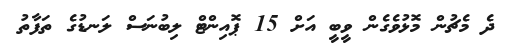
ދެ މެޗުން މޮޅުވެގެން ވީބީ އަށް 15 ޕޮއިންޓް ލިބުނަސް ލަނޑުގެ ތަފާތު